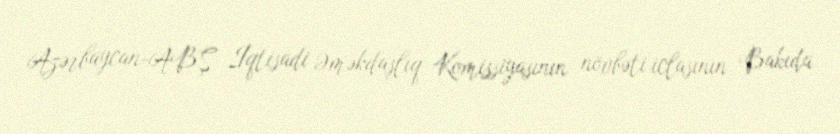
Azərbaycan-ABŞ İqtisadi Əməkdaşlıq Komissiyasının növbəti iclasının Bakıda